Civil Veterinary Department. Madras. Admin. report 1926-33 - 1926-1933
Year: 1926
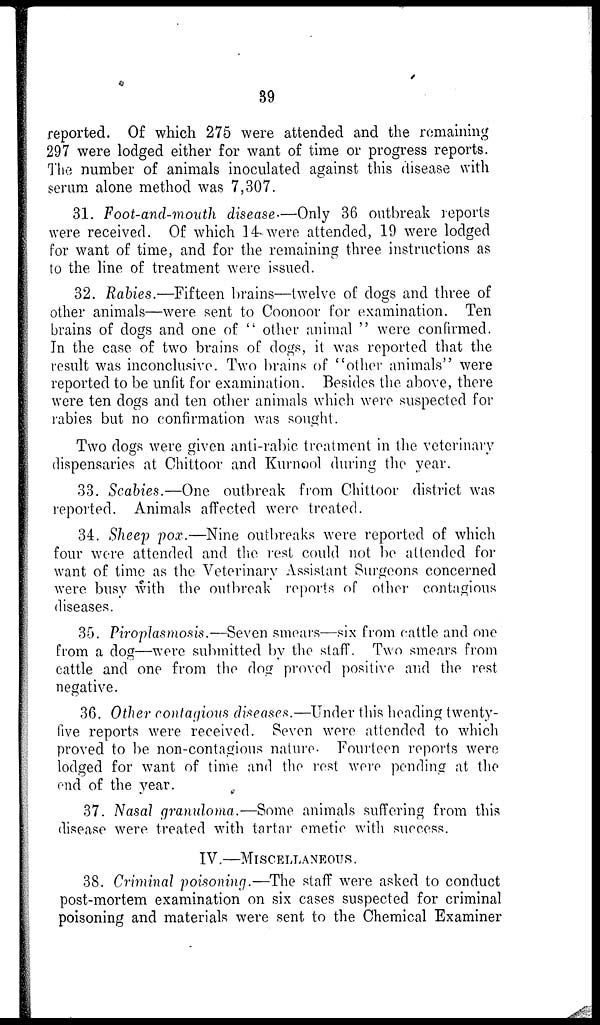
89
reported. Of which 275 were attended and the remaining
297 were lodged either for want of time or progress reports.
The number of animals inoculated against this disease with
serum alone method was 7,307.
31. Foot-and-mouth disease—Only 36 outbreak reports
were received. Of which 14 were attended, 19 were lodged
for want of time, and for the remaining three instructions as
to the line of treatment were issued.
32. Rabies.—Fifteen brains—twelve of dogs and three of
other animals—were sent to Coonoor for examination. Ten
brains of dogs and one of " other animal " were confirmed.
In the case of two brains of dogs, it was reported that the
result was inconclusive. Two brains of "other animals" were
reported to be unfit for examination. Besides the above, there
were ten dogs and ten other animals which were suspected for
rabies but no confirmation was sought.
Two clogs were given anti-rabic treatment in the veterinary
dispensaries at Chittoor and Kurnool during the year.
33. Scabies.—One outbreak from Chittoor district was
reported. Animals affected were treated.
34. Sheep pox.—Nine outbreaks were reported of which
four were attended and the rest could not be attended for
want of time as the Veterinary Assistant Surgeons concerned
were busy with the outbreak reports of other contagious
diseases.
35. Piroplasmosis.—Seven smears—six from cattle and one
from a dog—were submitted by the staff. Two smears from
cattle and one from the dog proved positive and the rest
negative.
36. Other contagions diseases.—Under this heading twenty-
five reports were received. Seven were attended to which
proved to be non-contagious nature. Fourteen reports were
lodged for want of time and the rest were pending at the
end of the year.
37. Nasal granuloma.—Some animals suffering from this
disease were treated with tartar emetic with success.
IV —MISCELLANEOUS.
38. Criminal poisoning.—The staff were asked to conduct
post-mortem examination on six cases suspected for criminal
poisoning and materials were sent to the Chemical Examiner